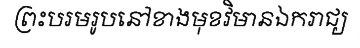
ព្រះបរមរូបនៅខាងមុខវិមានឯករាជ្យ